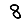
Digit: 8